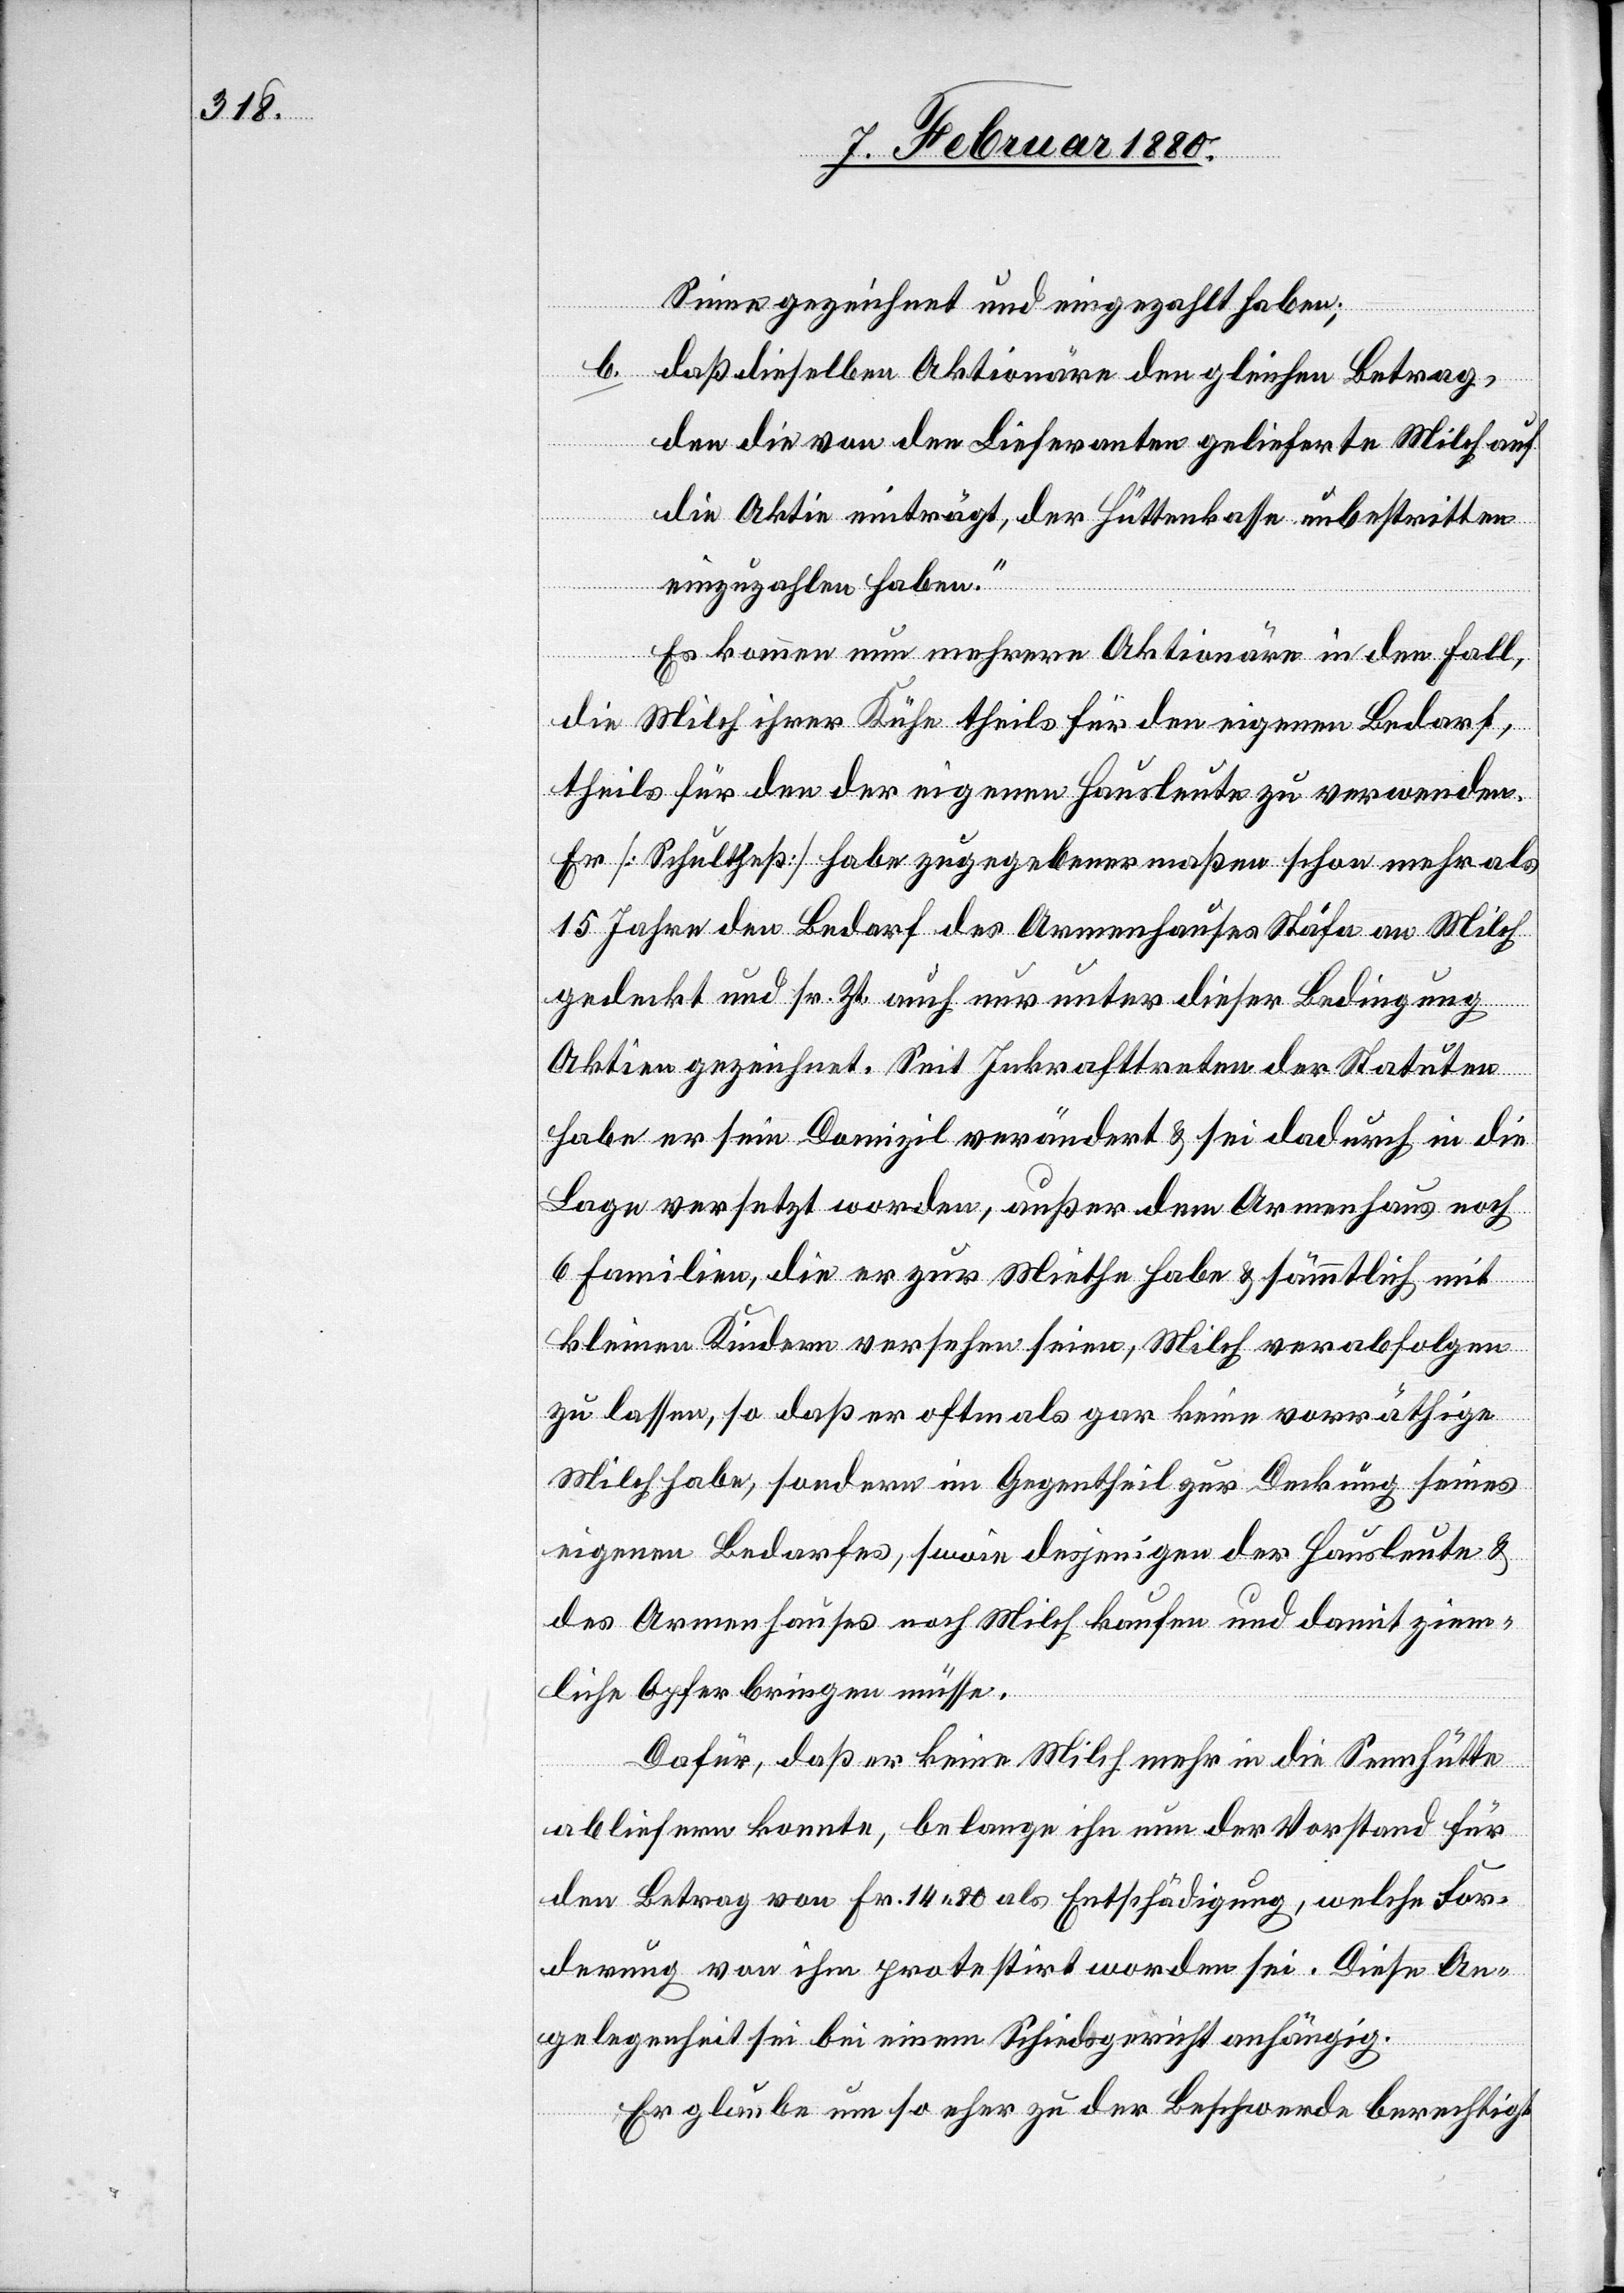
Sinne gezeichnet und eingezahlt haben,
b. daß dieselben Aktionäre den gleichen Betrag,
den die von den Lieferanten gelieferte Milch auf
die Aktie einträgt, der Hüttenkasse unbestritten
einzuzahlen haben.“
Es kommen nun mehrere Aktionäre in den Fall,
die Milch ihrer Kühe theils für den eigenen Bedarf,
theils für den der eigenen Hausleute zu verwenden.
Er [Schultheß] habe zugegebenermaßen schon mehr als
15 Jahre den Bedarf des Armenhauses Stäfa an Milch
gedeckt und sr. Zt. auch nur unter dieser Bedingung
Aktien gezeichnet. Seit Inkrafttreten der Statuten
habe er sein Domizil verändert & sei dadurch in die
Lage versetzt worden, außer dem Armenhaus noch
6 Familien, die er zur Miethe habe & sämmtlich mit
kleinen Kindern versehen seien, Milch verabfolgen
zu lassen, so daß er oftmals gar keine vorräthige
Milch habe, sondern im Gegentheil zur Deckung seines
eigenen Bedarfes, sowie desjenigen der Hausleute &
des Armenhauses noch Milch kaufen und damit ziem¬
liche Opfer bringen müsse.
Dafür, daß er keine Milch mehr in die Sennhütte
abliefern konnte, belange ihn nun der Vorstand für
den Betrag von Fr. 14.80 als Entschädigung, welche For¬
derung von ihm protestirt worden sei. Diese An¬
gelegenheit sei bei einem Schiedsgericht anhängig.
Er glaube um so eher zu der Beschwerde berechtigt